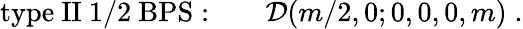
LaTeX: \mathrm{type~II~1/2~BPS:}\qquad{\cal D}(m/2,0;0,0,0,m)\; .